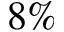
8 \%